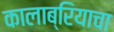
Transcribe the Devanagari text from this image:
कालाब्रियाचा